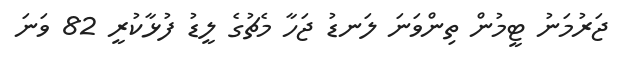
ޖަރުމަނު ޓީމުން ތިންވަނަ ލަނޑު ޖަހާ މެޗުގެ ލީޑު ފުޅާކުރީ 82 ވަނަ